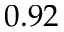
0 . 9 2